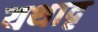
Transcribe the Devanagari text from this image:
यथादृ